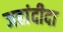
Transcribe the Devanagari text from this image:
जहांदीदा